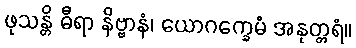
ဖုသန္တိ ဓီရာ နိဗ္ဗာနံ၊ ယောဂက္ခေမံ အနုတ္တရံ။